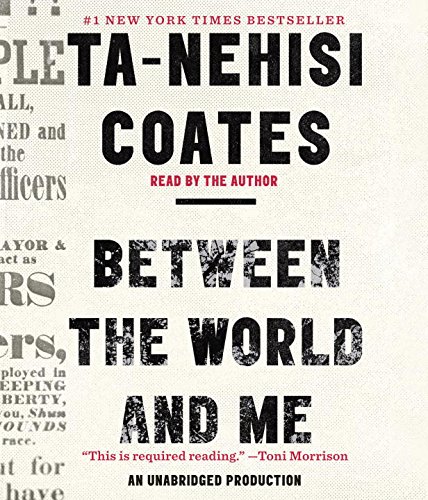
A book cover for Between the World and Me; Ta-Nehisi Coates; History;